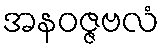
အနဝဇ္ဇဗလံ